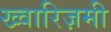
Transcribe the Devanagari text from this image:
ख्वारिज़मी